Document type: Acquittal of debt
Year: 1424
Scribe: Francesc de Casanoves
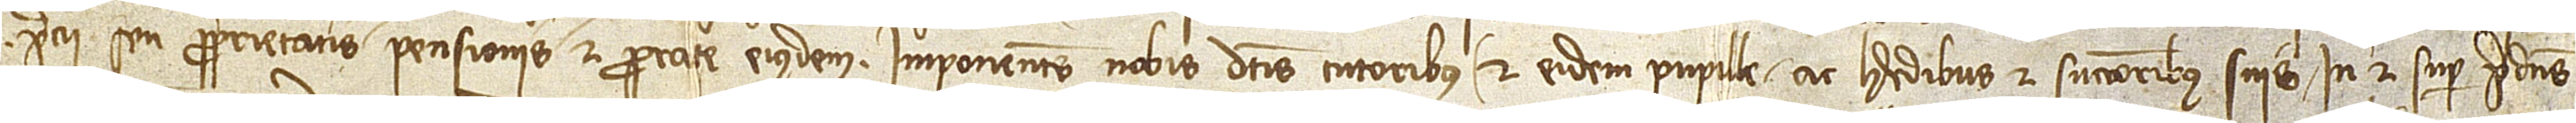
precii seu proprietatis, pensionis et prorate eiusdem. Imponentes nobis dictis tutoribus et eidem pupille ac heredibus et successoribus suis in et super predictis